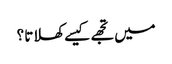
میں تجھے کیسے کھلاتا ؟